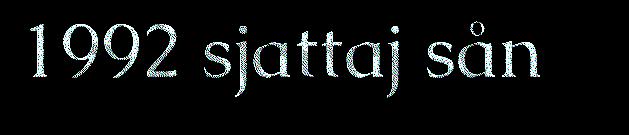
1992 sjattaj sån